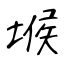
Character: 堠